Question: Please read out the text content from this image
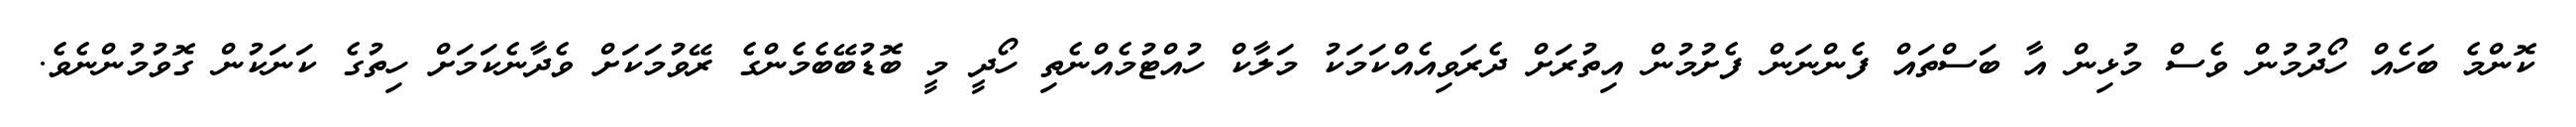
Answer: ކޮންމެ ބަހެއް ހޯދުމުން ވެސް މުޅިން އާ ބަސްތައް ފެންނަން ފެށުމުން އިތުރަށް ދެރަވިއެއްކަމަކު މަލާކް ހުއްޓުމެއްނެތި ހޯދީ މީ ބޮޑުބޭބެމެންގެ ރޭވުމަކަށް ވެދާނެކަމަށް ހިތުގެ ކަނަކުން ގޮވުމުންނެވެ.